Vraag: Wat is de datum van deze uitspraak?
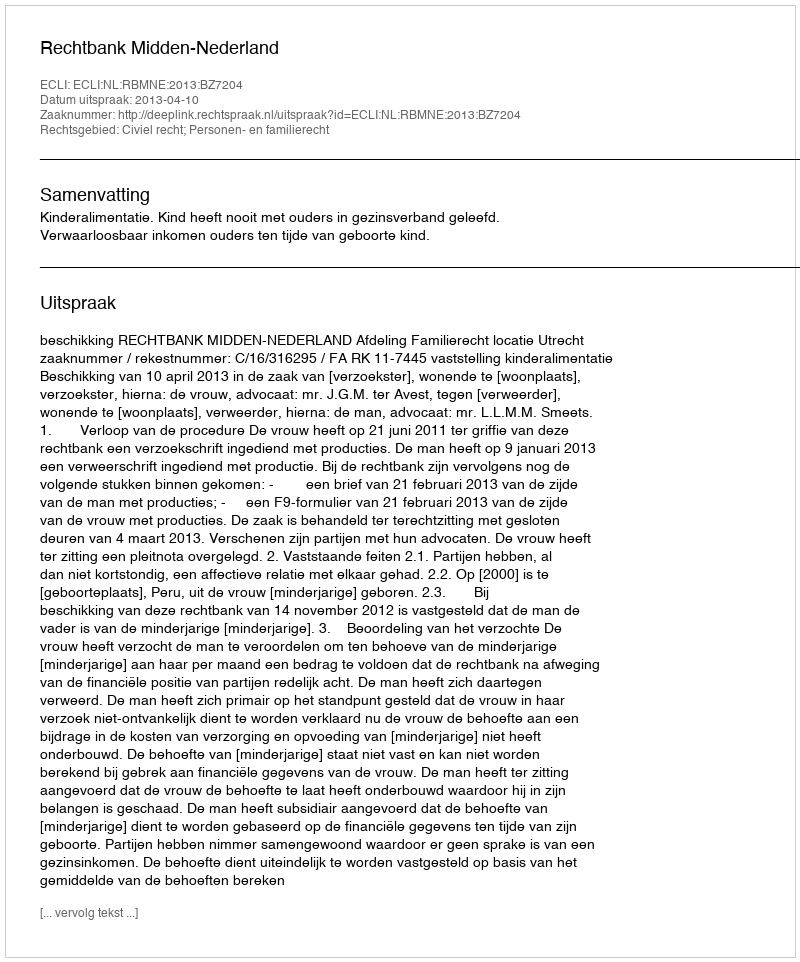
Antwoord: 2013-04-10